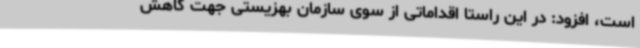
است، افزود: در این راستا اقداماتی از سوی سازمان بهزیستی جهت کاهش